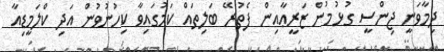
ދިމާވަނީ ޖިންސީ ގުޅުމުން ޒަރީޢާއިން ފެތުރޭ ބަލިތައް ކަމުގައިވާ ކިހުނުވުން އަދި ކްލަމީޑިއާ